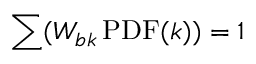
\sum ( W _ { b k } \, \mathrm { P D F } ( k ) ) = 1